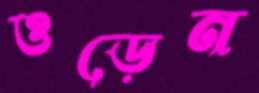
ওড়েন